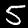
Label: 5